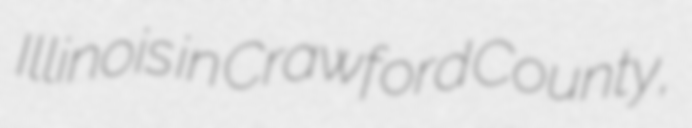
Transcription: Illinois in Crawford County,